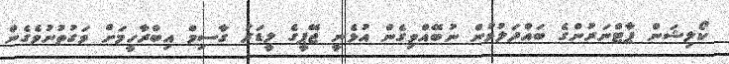
ކޯލިޝަން ޕާޓްނަރުންގެ ބައްދަލުވުން ނުބޭއްވިގެން އުޅެނީ ޖޭޕީގެ ލީޑަރު ގާސިމް އިބްރާހީމަށް ވަގުތުނުވެގެން